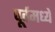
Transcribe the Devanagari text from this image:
पूर्वमध्ये